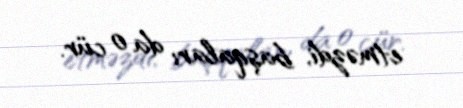
etməzdi, başqaları da o cür.